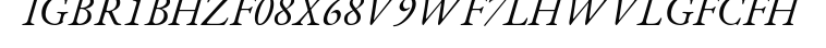
IGBR1BHZF08X68V9WF7LHWVLGFCFH